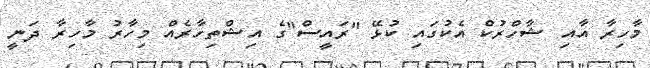
މާހިރާ އާއި ޝާހްރުކް އެކުގައި ކުޅޭ "ރައީސް"ގެ އިޝްތިހާރެއް މިހާރު މާހިރާ ދަނީ